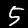
Label: 5